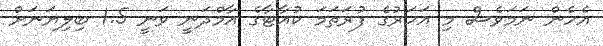
އެހެން ނަމަވެސް މި އަހަރުގެ ފުރަތަމަ ކުއާޓާގެ އާމްދަނީ ވަނީ 1.5 ބިލިޔަނަށް